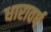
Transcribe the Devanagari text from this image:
धारावर्ष